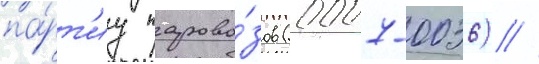
па́рт'иу парово́зов (0007-0036) //